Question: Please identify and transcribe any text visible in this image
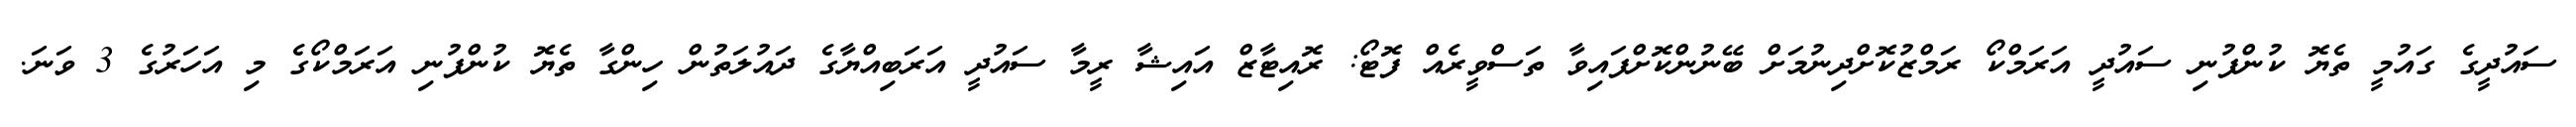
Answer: ސައުދީގެ ގައުމީ ތެޔޮ ކުންފުނި ސައުދީ އަރަމްކޯ ރަމްޒުކޮށްދިނުމަށް ބޭނުންކޮށްފައިވާ ތަސްވީރެއް ފޮޓޯ: ރޮއިޓާޒް އައިޝާ ރީމާ ސައުދީ އަރަބިއްޔާގެ ދައުލަތުން ހިންގާ ތެޔޮ ކުންފުނި އަރަމްކޯގެ މި އަހަރުގެ 3 ވަނަ.